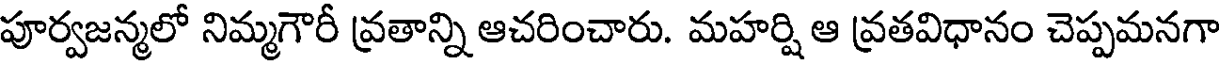
పూర్వజన్మలో నిమ్మగౌరీ వ్రతాన్ని ఆచరించారు. మహర్షి ఆ వ్రతవిధానం చెప్పమనగా